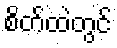
စိတ်ထဲတွင်